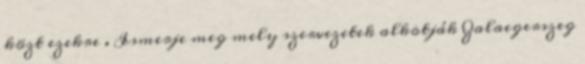
közt ezekre . Ismerje meg mely szervezetek alkotják Zalaegerszeg